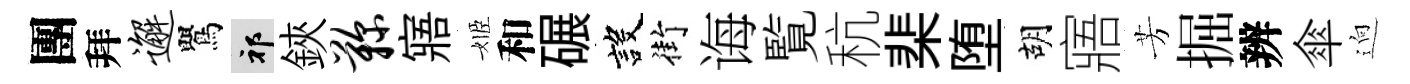
團拜邂鸎祁鋏鞠寤姬和碾設街诲覧秔棐堕胡寤芳掘辨傘逈